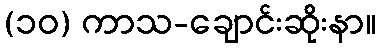
(၁၀) ကာသ-ချောင်းဆိုးနာ။